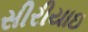
સીરીયાઇ